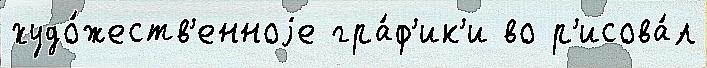
худо́жеств'енноjе гра́ф'ик'и во р'исова́л